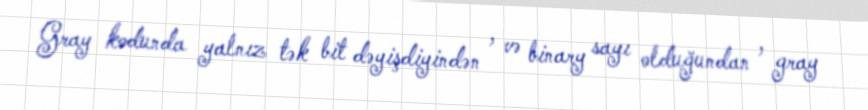
Gray kodunda yalnız tək bit dəyişdiyindən , və binary sayı olduğundan , gray